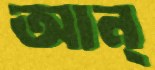
আন্